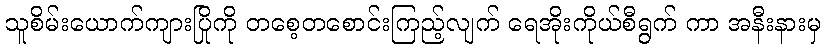
သူစိမ်းယောက်ကျားပြိုကို တစေ့တစောင်းကြည့်လျက် ရေအိုးကိုယ်စီရွက် ကာ အနီးနားမှ